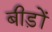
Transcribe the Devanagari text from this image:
बीड़ों